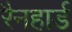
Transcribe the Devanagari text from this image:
रैनहार्ड